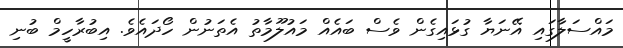
މައްސަލާގައި އޭނަޔާ ގުޅައިގެން ވެސް ބައެއް މައުލޫމާތު އެތަނުން ހޯދައެވެ. އިބުރާހީމް ބުނި